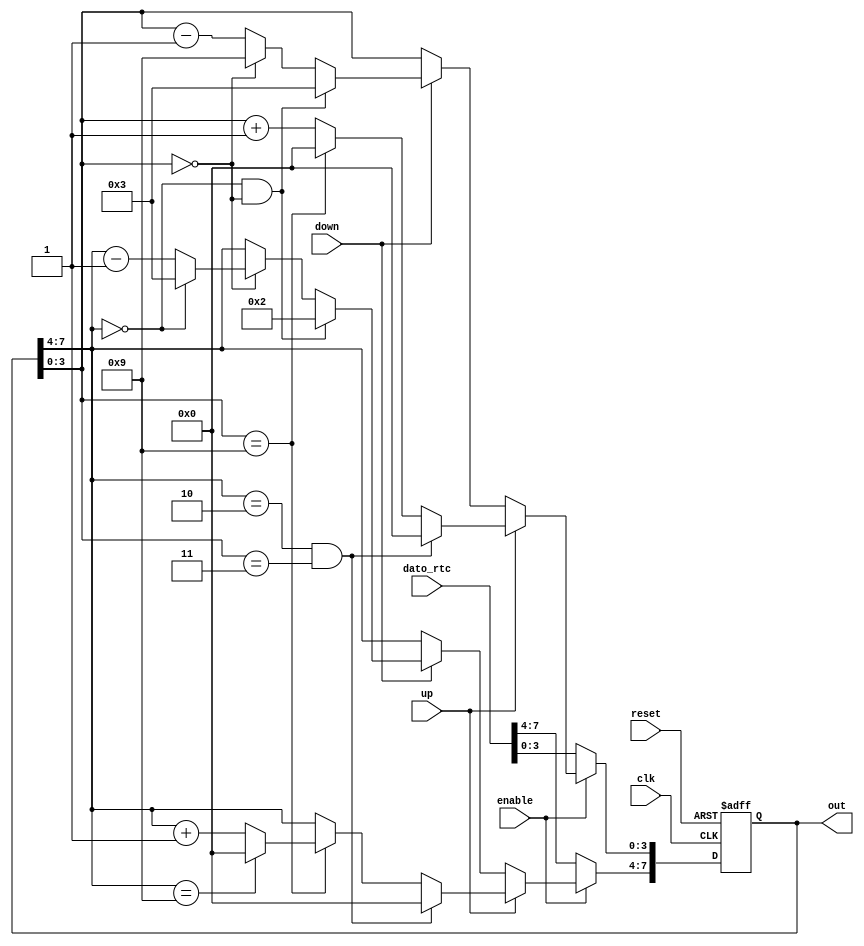
`timescale 1ns / 1ps

module Counter_24    (
out      ,  // Output of the counter
up			,
down  	, 
clk      ,  // clock input
reset		,  // reset input
dato_rtc ,
enable
);
//----------Output Ports--------------
output [7:0] out;
//------------Input Ports--------------
input up, down, clk, reset, enable;
input [7:0]dato_rtc;
//------------Internal Variables--------
reg [7:0] out;
//-------------Code Starts Here-------
   always @(posedge clk or posedge reset) begin
		if (reset) begin
         out <= 8'h00;
      end 
		else if (enable == 0) begin
			out <= dato_rtc;
		end
		else if (up) begin
         if (enable)
				if((out[7:4] == 2)&&(out[3:0] == 3))begin
					out[7:4] <= 0;
					out[3:0] <= 0;
				end			
				else if (out[3:0] == 9) begin
					out[3:0] <= 0;
					if (out[7:4] == 9)
						out[7:4] <= 0;
					else
						out[7:4] <= out[7:4] + 1;
				end 
				else begin
					out[3:0] <= out[3:0] + 1;
				end
		end
		else if (down) begin
         if (enable)
				if((out[7:4] == 0)&&(out[3:0] == 0))begin
					out[7:4] <= 2;
					out[3:0] <= 3;
				end
				else if (out[3:0] == 0) begin
					out[3:0] <= 9;
					if (out[7:4] == 0)
						out[7:4] <= 3;
					else
						out[7:4] <= out[7:4] - 1;
				end 
				else begin
					out[3:0] <= out[3:0] - 1;
				end
      end // else: !if(reset)
   end // always @ (posedge clk or posedge reset)
endmodule // bcd_count